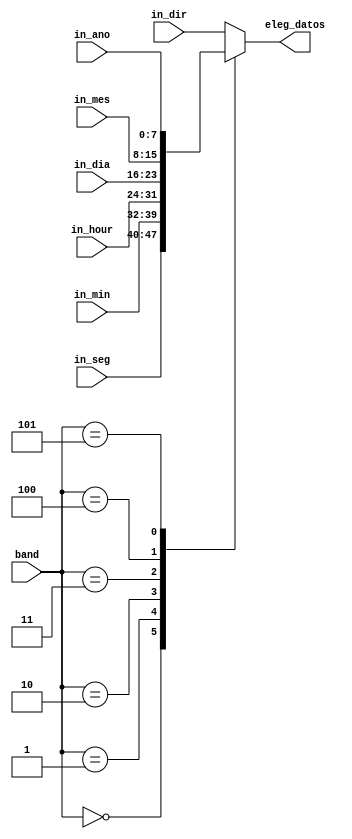
module MUX_SELEC_DATOS(
input [3:0] band,
output reg [7:0]eleg_datos,
input [7:0] in_seg ,
input [7:0] in_min ,
input  [7:0] in_hour,
input  [7:0] in_dia,
input  [7:0] in_mes,
input  [7:0] in_ano,
input [7:0] in_dir
//input [7:0] in_seg_timer ,
//input [7:0] in_min_timer,
//input [7:0] in_hour_timer 
    );

always@*
begin 
	case(band)
		3'b0000: eleg_datos <= in_seg;
		3'b0001: eleg_datos <= in_min;
		3'b0010: eleg_datos <= in_hour;
		3'b0011: eleg_datos <= in_dia;
		3'b0100: eleg_datos <= in_mes;
		3'b0101: eleg_datos <= in_ano;
		//4'b0110: eleg_datos <= in_seg_timer;
		//4'b0111: eleg_datos <= in_min_timer;
		//4'b1000: eleg_datos <= in_hour_timer;
		default  eleg_datos<= in_dir;
	endcase
end
		
endmodule